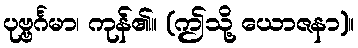
ပုဗ္ဗင်္ဂမာ၊ ကုန်၏။ (ဤသို့ ယောဇနာ)။